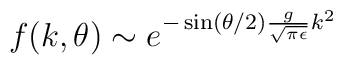
f(k,\theta) \sim e^{-\sin(\theta/2) \frac{g}{\sqrt{\pi\epsilon}} k^{2}}